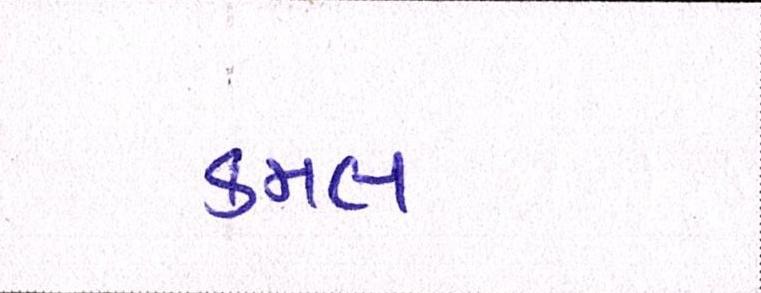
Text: કમલ